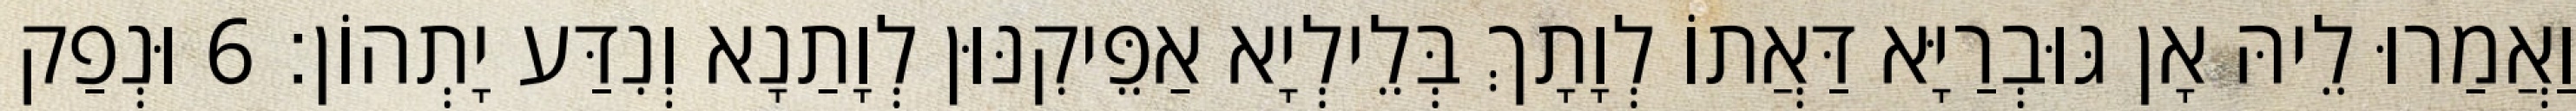
וַאֲמַרוּ לֵיהּ אָן גּוּבְרַיָּא דַּאֲתוֹ לְוָתָךְ בְּלֵילְיָא אַפֵּיקִנּוּן לְוָתַנָא וְנִדַּע יָתְהוֹן׃ 6 וּנְפַק